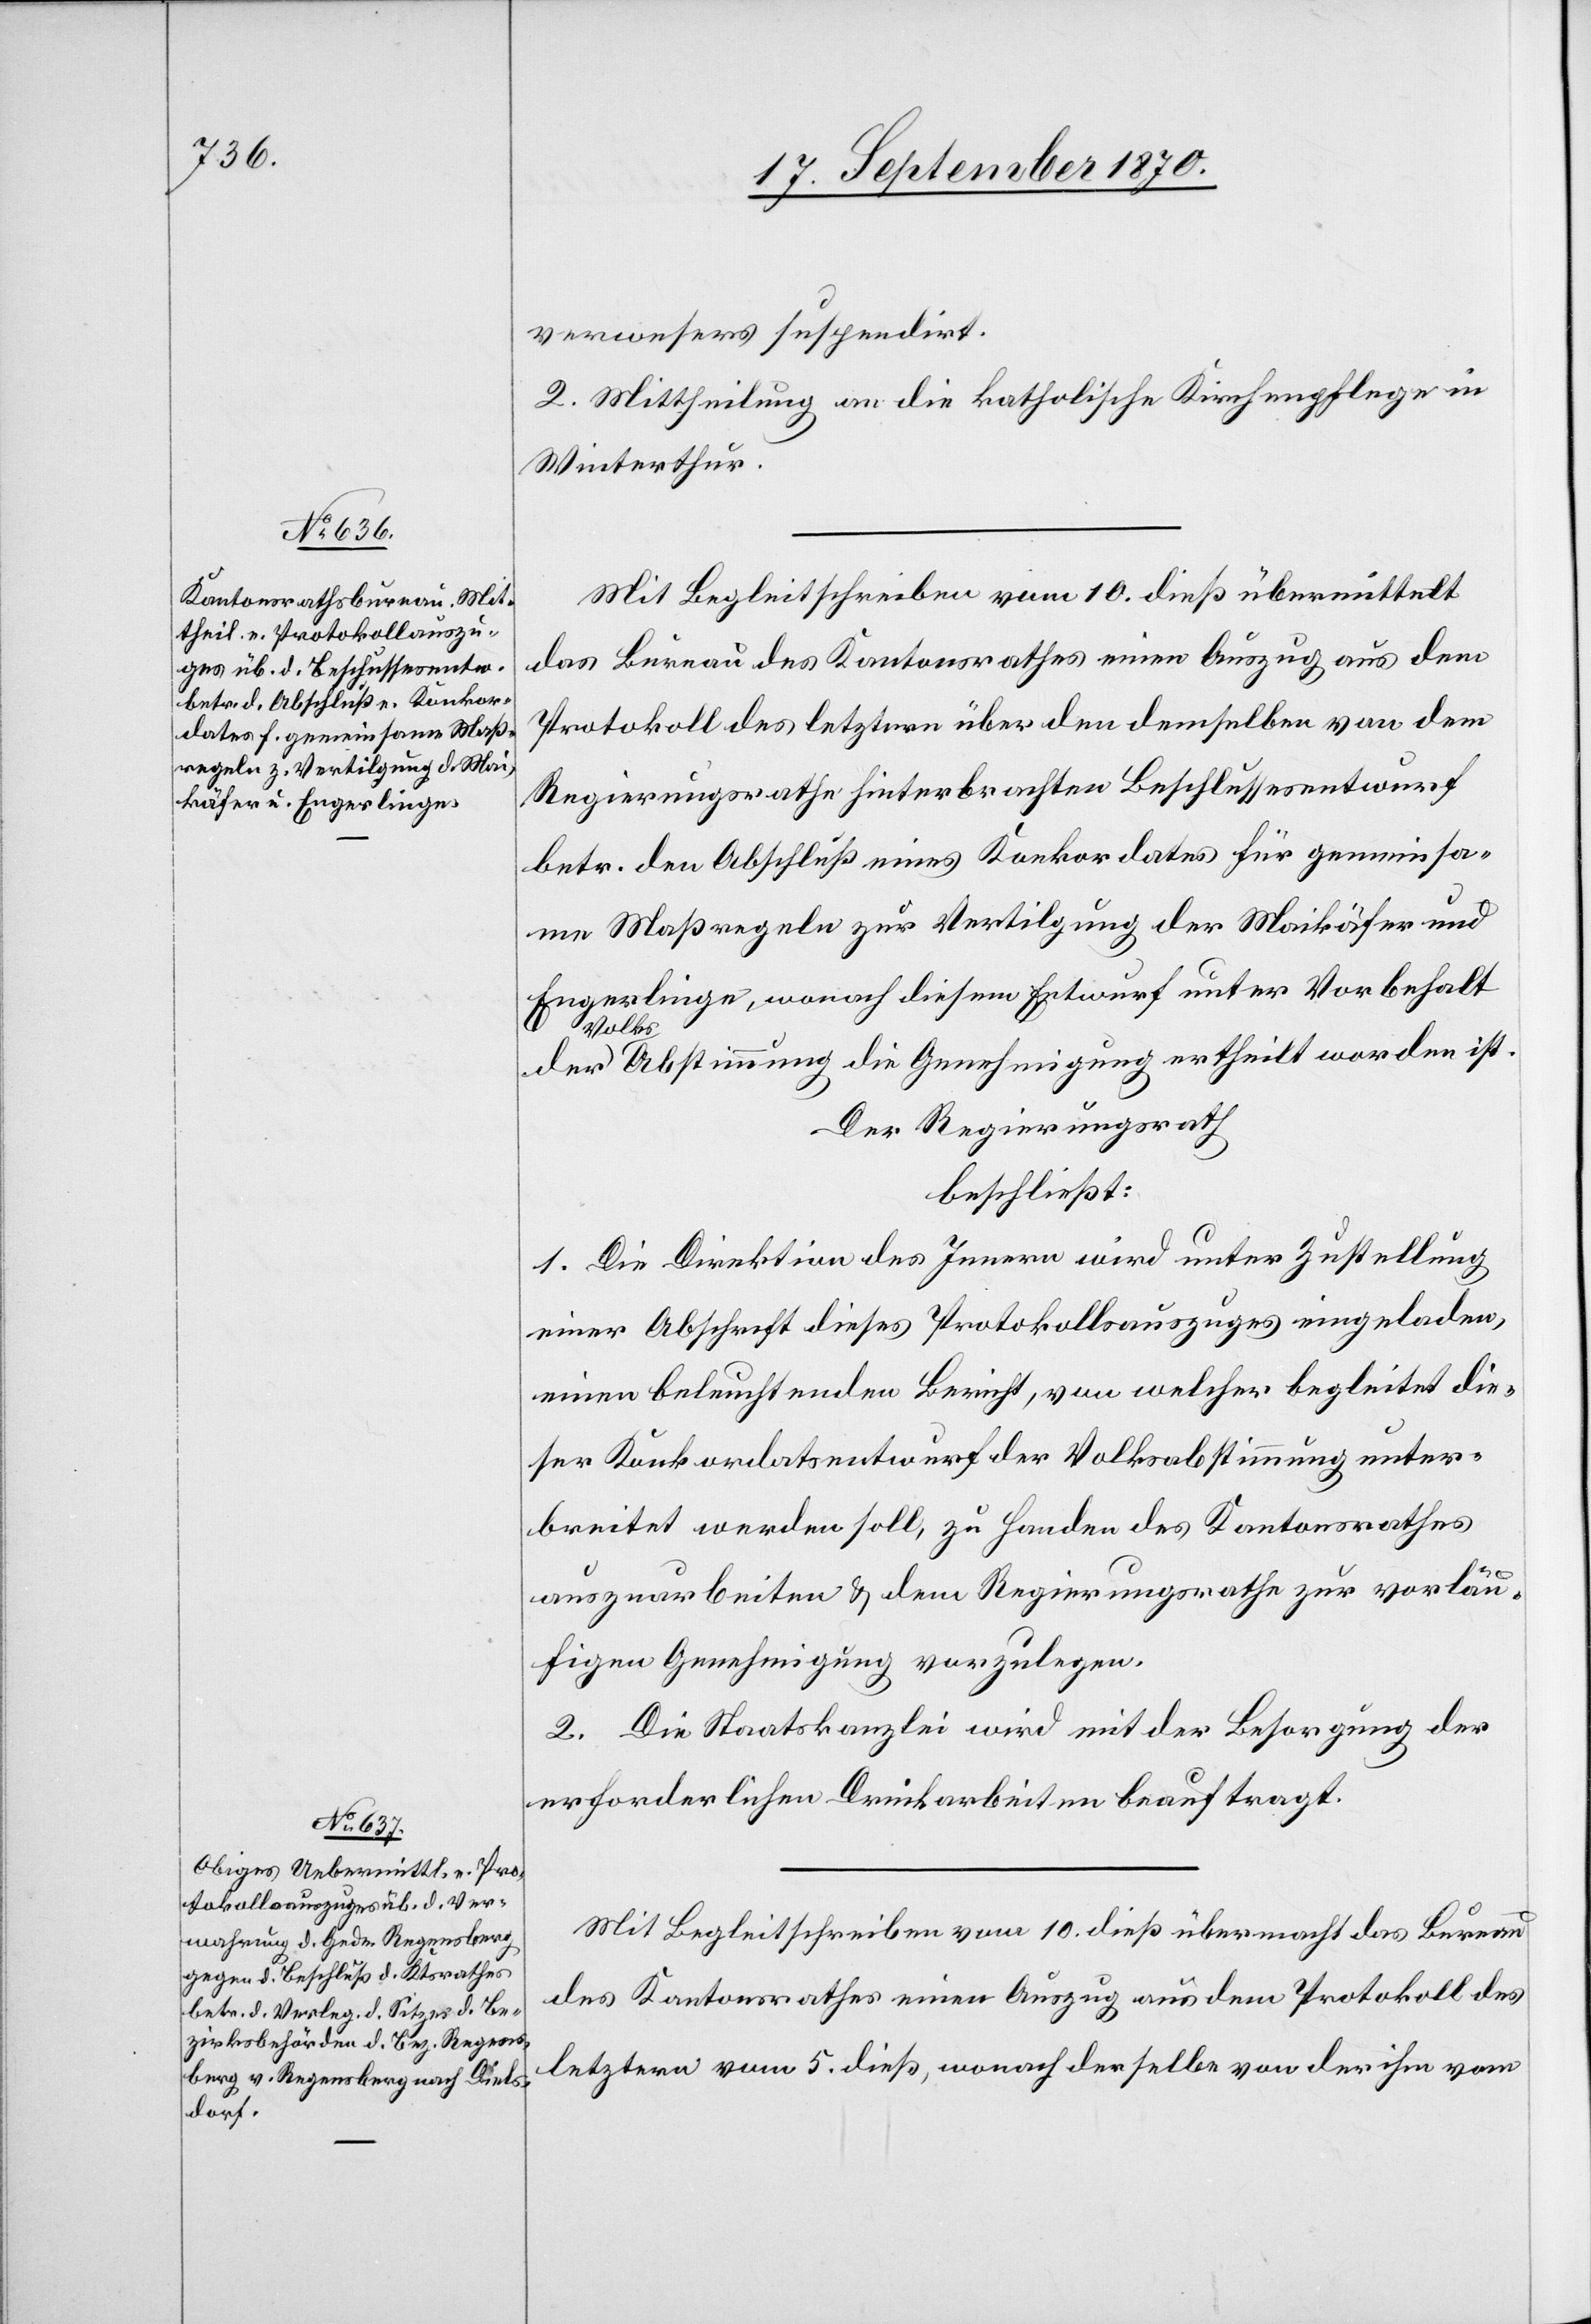
verwesers suspendirt.
2. Mittheilung an die katholische Kirchenpflege in
Winterthur.
Mit Begleitschreiben vom 10. dieß übermittelt
das Büreau des Kantonsrathes einen Auszug aus dem
Protokoll des letztern über den demselben von dem
Regierungsrathe hinterbrachten Beschlussesentwurf
betr. den Abschluß eines Konkordates für gemeinsa¬
me Maßregeln zur Vertilgung der Maikäfer und
Engerlinge, wonach diesem Entwurf unter Vorbehalt
a-Volk¬
s-aAbstimmung die Genehmigung ertheilt worden ist.
Der Regierungsrath
beschließt:
1. Die Direktion des Innern wird unter Zustellung
einer Abschrift dieses Protokollsauszuges eingeladen,
einen beleuchtenden Bericht, von welcher [sic!] begleitet die¬
ser Konkordatsentwurf der Volksabstimmung unter¬
breitet werden soll, zu Handen des Kantonsrathes
auszuarbeiten & dem Regierungsrathe zur vorläu¬
figen Genehmigung vorzulegen.
2. Die Staatskanzlei wird mit der Besorgung der
erforderlichen Druckarbeiten beauftragt.
Mit Begleitschreiben vom 10. dieß übermacht das Bureau
des Kantonsrathes einen Auszug aus dem Protokoll des
letztern vom 5. dieß, wonach derselbe von der ihm vom